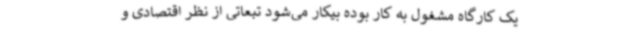
یک کارگاه مشغول به کار بوده بیکار می‌شود تبعاتی از نظر اقتصادی و